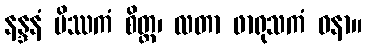
နန္ဒနံ မိဿကံ စိတ္တ၊ လတာ ဖာရုသကံ ဝနာ။